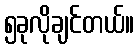
၅ခုလိုချင်တယ်။